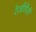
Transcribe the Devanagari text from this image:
रेज़ीडेंसी